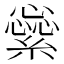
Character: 繠